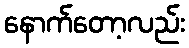
နောက်တော့လည်း